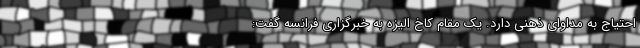
احتیاج به مداوای ذهنی دارد. یک مقام کاخ الیزه به خبرگزاری فرانسه گفت: